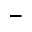
^ -